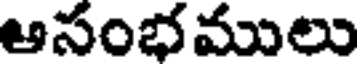
ఆసంభములు